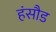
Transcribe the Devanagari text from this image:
हंसौड